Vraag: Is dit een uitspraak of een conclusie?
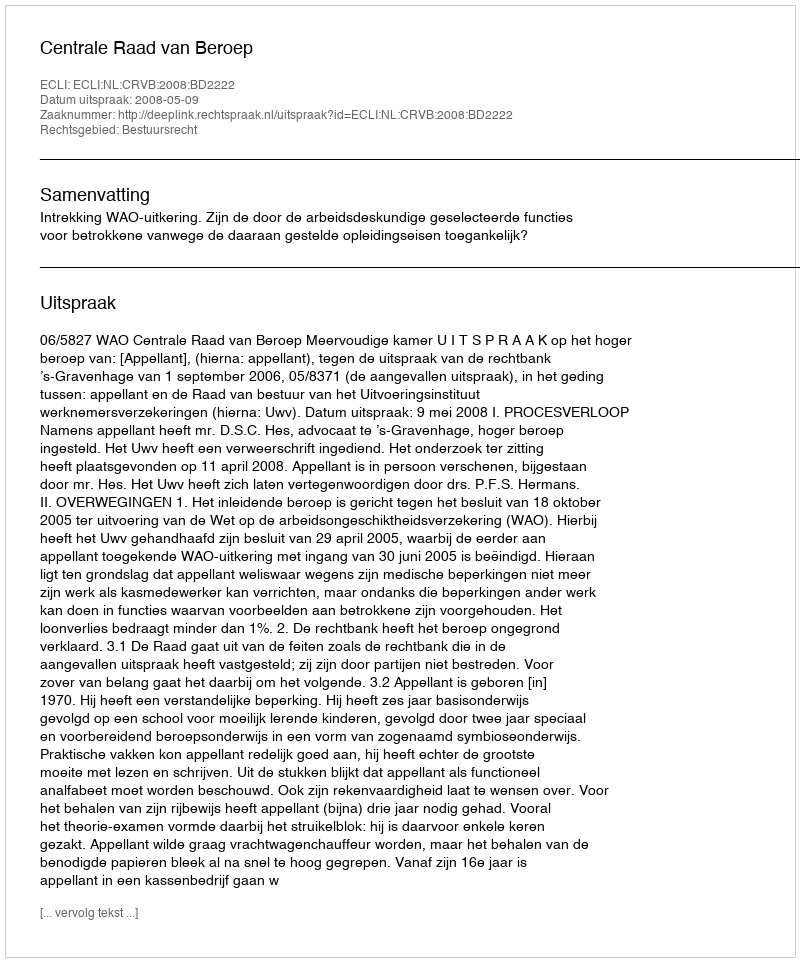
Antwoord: Uitspraak